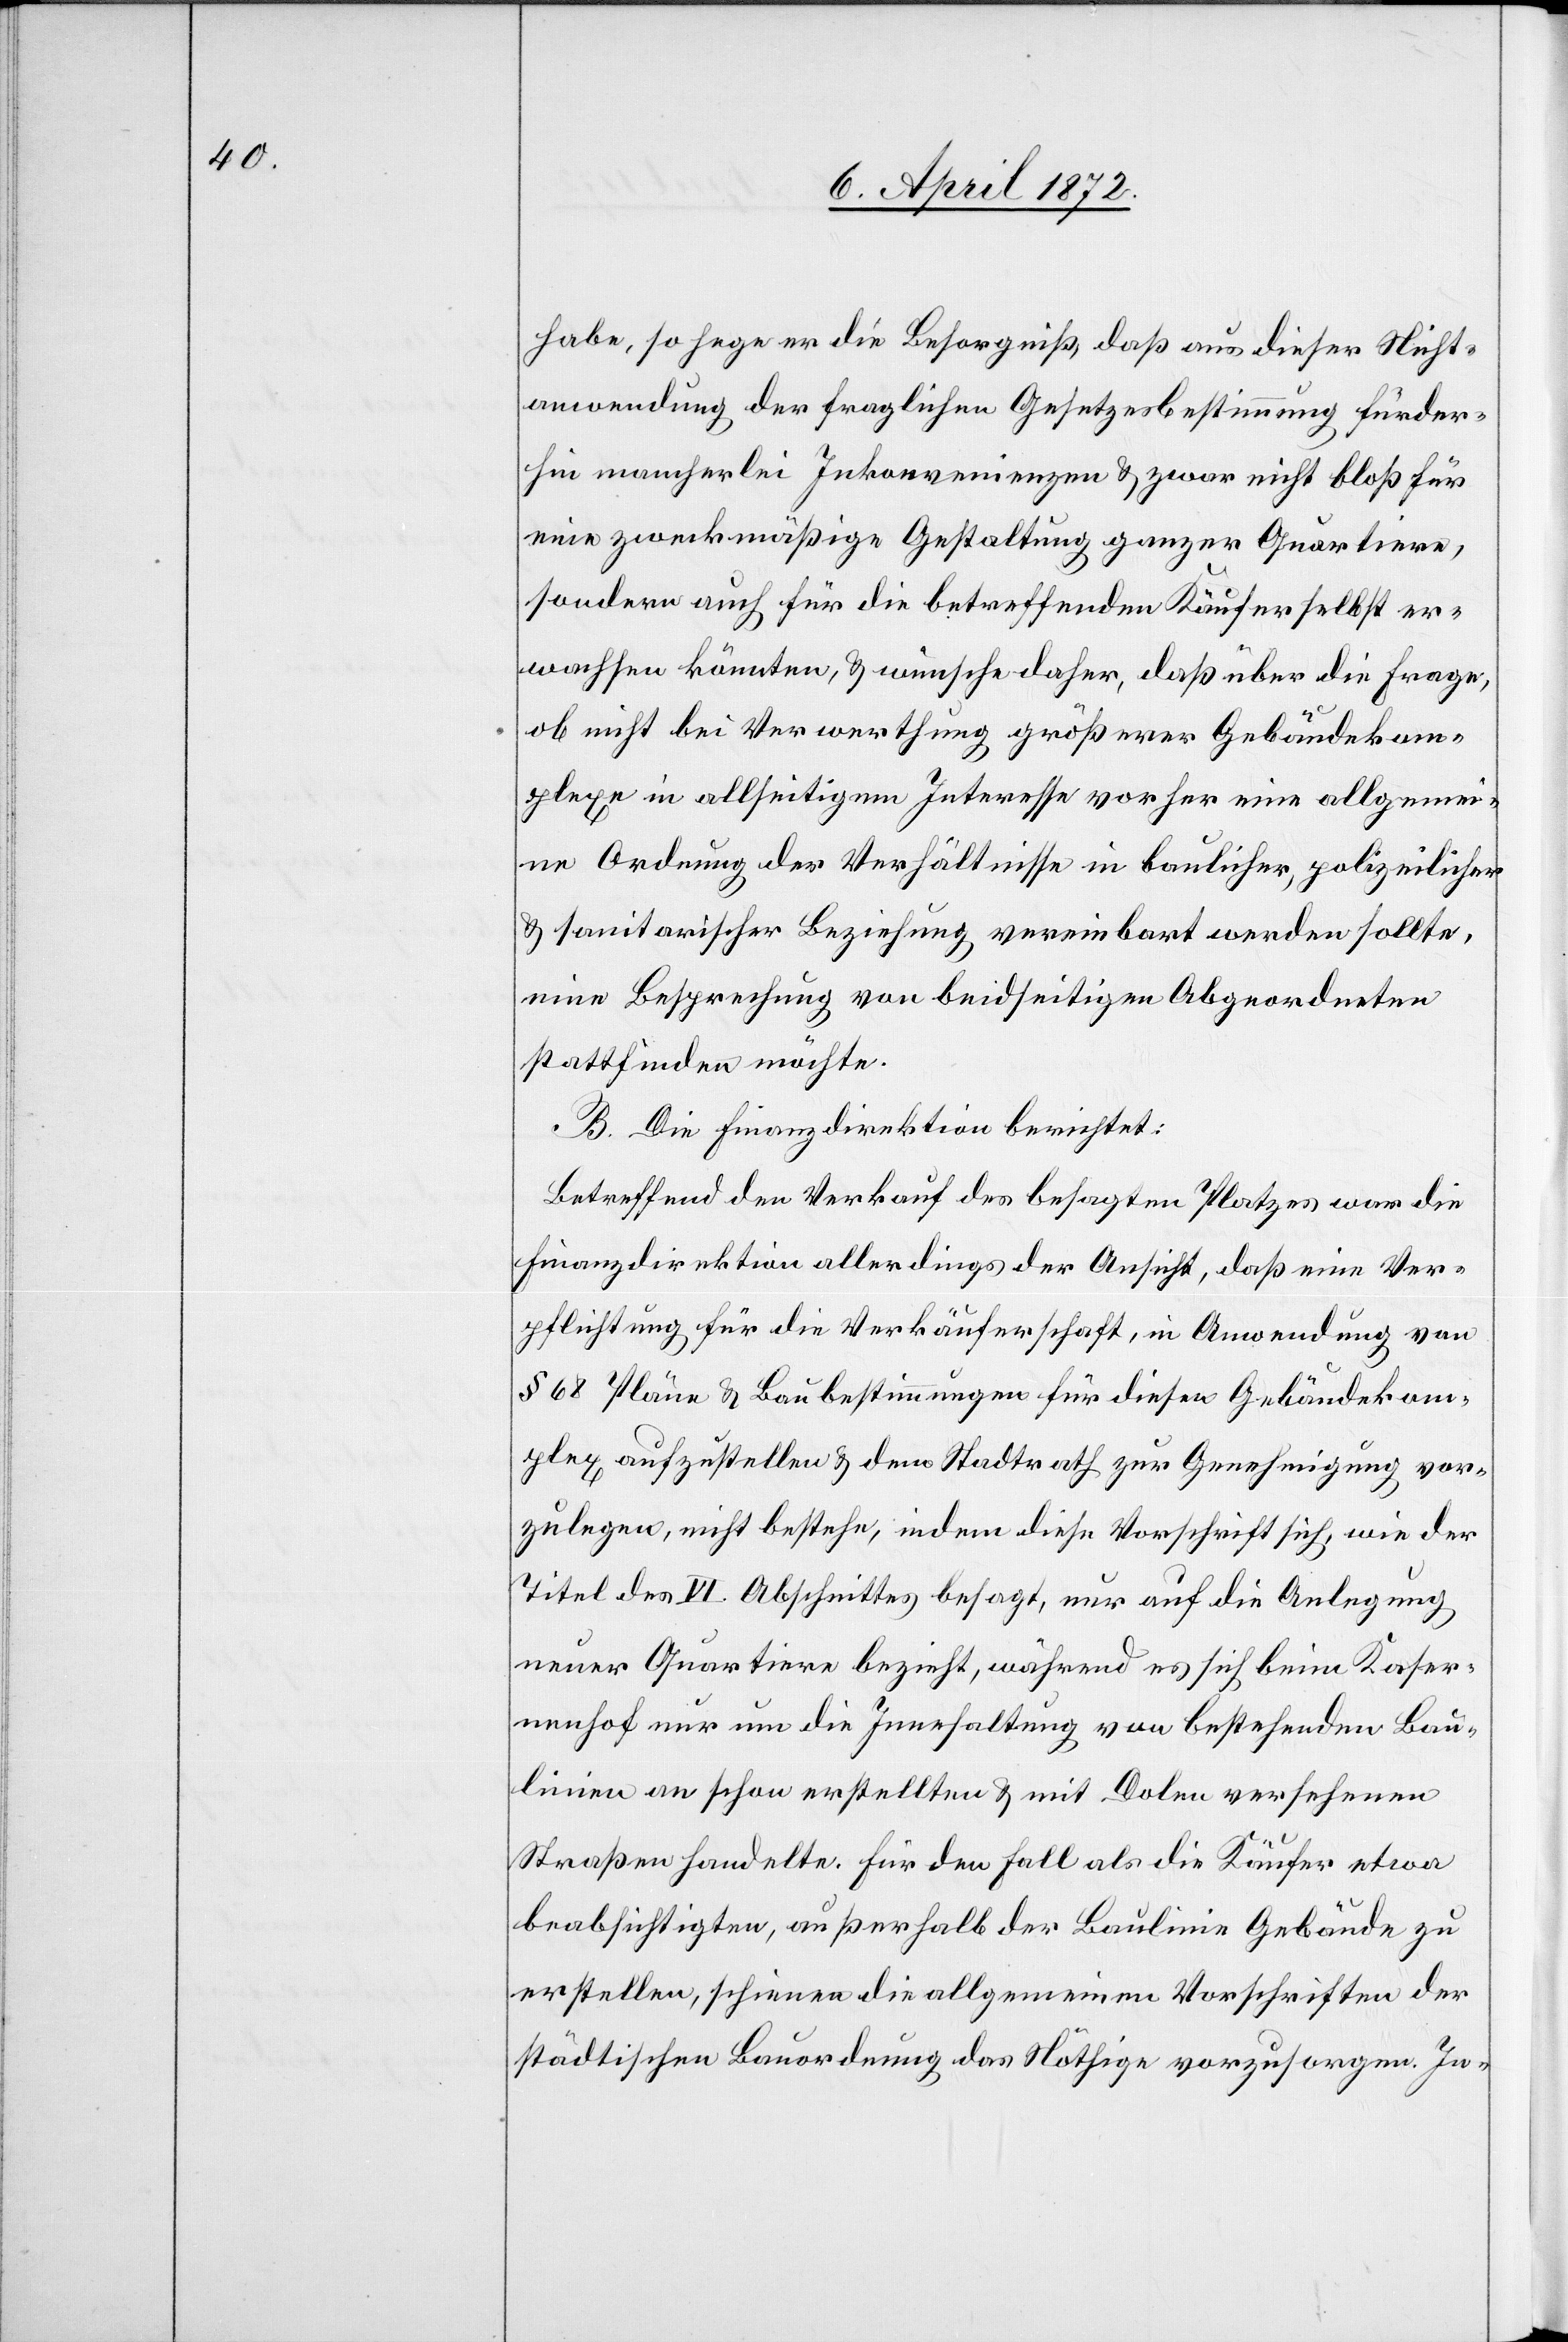
habe, so hege er die Besorgniß, daß aus dieser Nicht¬
anwendung der fraglichen Gesetzesbestimmung fürder¬
hin mancherlei Inkonvenienzen u. zwar nicht bloß für
eine zweckmäßige Gestaltung ganzer Quartiere,
sondern auch für die betreffenden Käufer selbst er¬
wachsen könnten, u. wünsche daher, daß über die Frage,
ob nicht bei Verwerthung größerer Gebäudekom¬
plexe in allseitigem Interesse vorher eine allgemei¬
ne Ordnung der Verhältnisse in baulicher, polizeilicher
u. sanitarischer Beziehung vereinbart werden sollte,
eine Besprechung von beidseitigen Abgeordneten
stattfinden möchte.
B. Die Finanzdirektion berichtet:
Betreffend den Verkauf des besagten Platzes war die
Finanzdirektion allerdings der Ansicht, daß eine Ver¬
pflichtung für die Verkäuferschaft, in Anwendung von
§ 68 Pläne u. Baubestimmung für diesen Gebäudekom¬
plex aufzustellen u. dem Stadtrath zur Genehmigung vor¬
zulegen, nicht bestehe, indem diese Vorschrift sich, wie der
Titel des VI. Abschnittes besagt, nur auf die Anlegung
neuer Quartiere bezieht, während es sich beim Kaser¬
nenhof nur um die Innehaltung von bestehenden Bau¬
linien an schon erstellten u. mit Dolen versehenen
Straßen handelte. Für den Fall als die Käufer etwa
beabsichtigten, außerhalb der Baulinie Gebäude zu
erstellen, schienen die allgemeinen Vorschriften der
städtischen Bauordnung das Nöthige vorzusorgen. In-